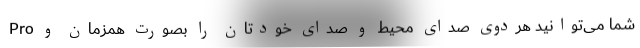
Pro شما می‌توانید هردوی صدای محیط و صدای خودتان را بصورت همزمان و